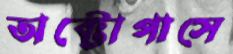
অক্টোপাসে